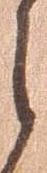
之